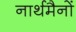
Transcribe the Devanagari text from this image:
नार्थमैनों